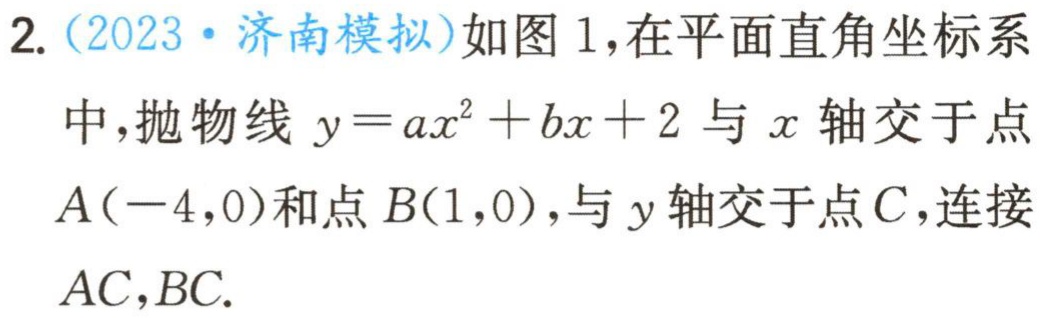
2.（2023·济南模拟）如图1，在平面直角坐标系中，抛物线\(y = ax^{2}+bx + 2\)与\(x\)轴交于点\(A(-4,0)\)和点\(B(1,0)\)，与\(y\)轴交于点\(C\)，连接\(AC,BC\).